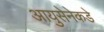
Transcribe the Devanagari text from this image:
आयुसेनेकडे